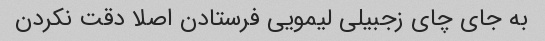
به جای چای زجبیلی لیمویی فرستادن اصلا دقت نکردن